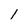
Character: 1